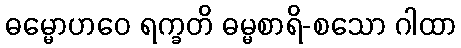
ဓမ္မောဟဝေ ရက္ခတိ ဓမ္မစာရိ-စသော ဂါထာ